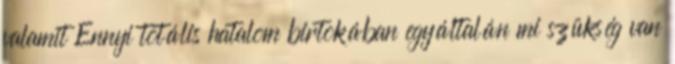
valamit Ennyi totális hatalom birtokában egyáltalán mi szükség van